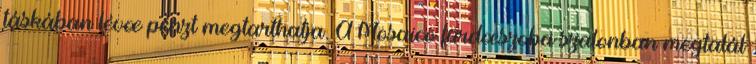
táskában lévœ pénzt megtarthatja. A Mosaico fürdœszoba szalonban megtalál